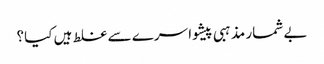
بے شمار مذہبی پیشوا سرے سے غلط ہیں کیا؟